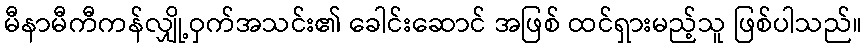
မီနာမီကီကန်လျှို့ဝှက်အသင်း၏ ခေါင်းဆောင် အဖြစ် ထင်ရှားမည့်သူ ဖြစ်ပါသည်။